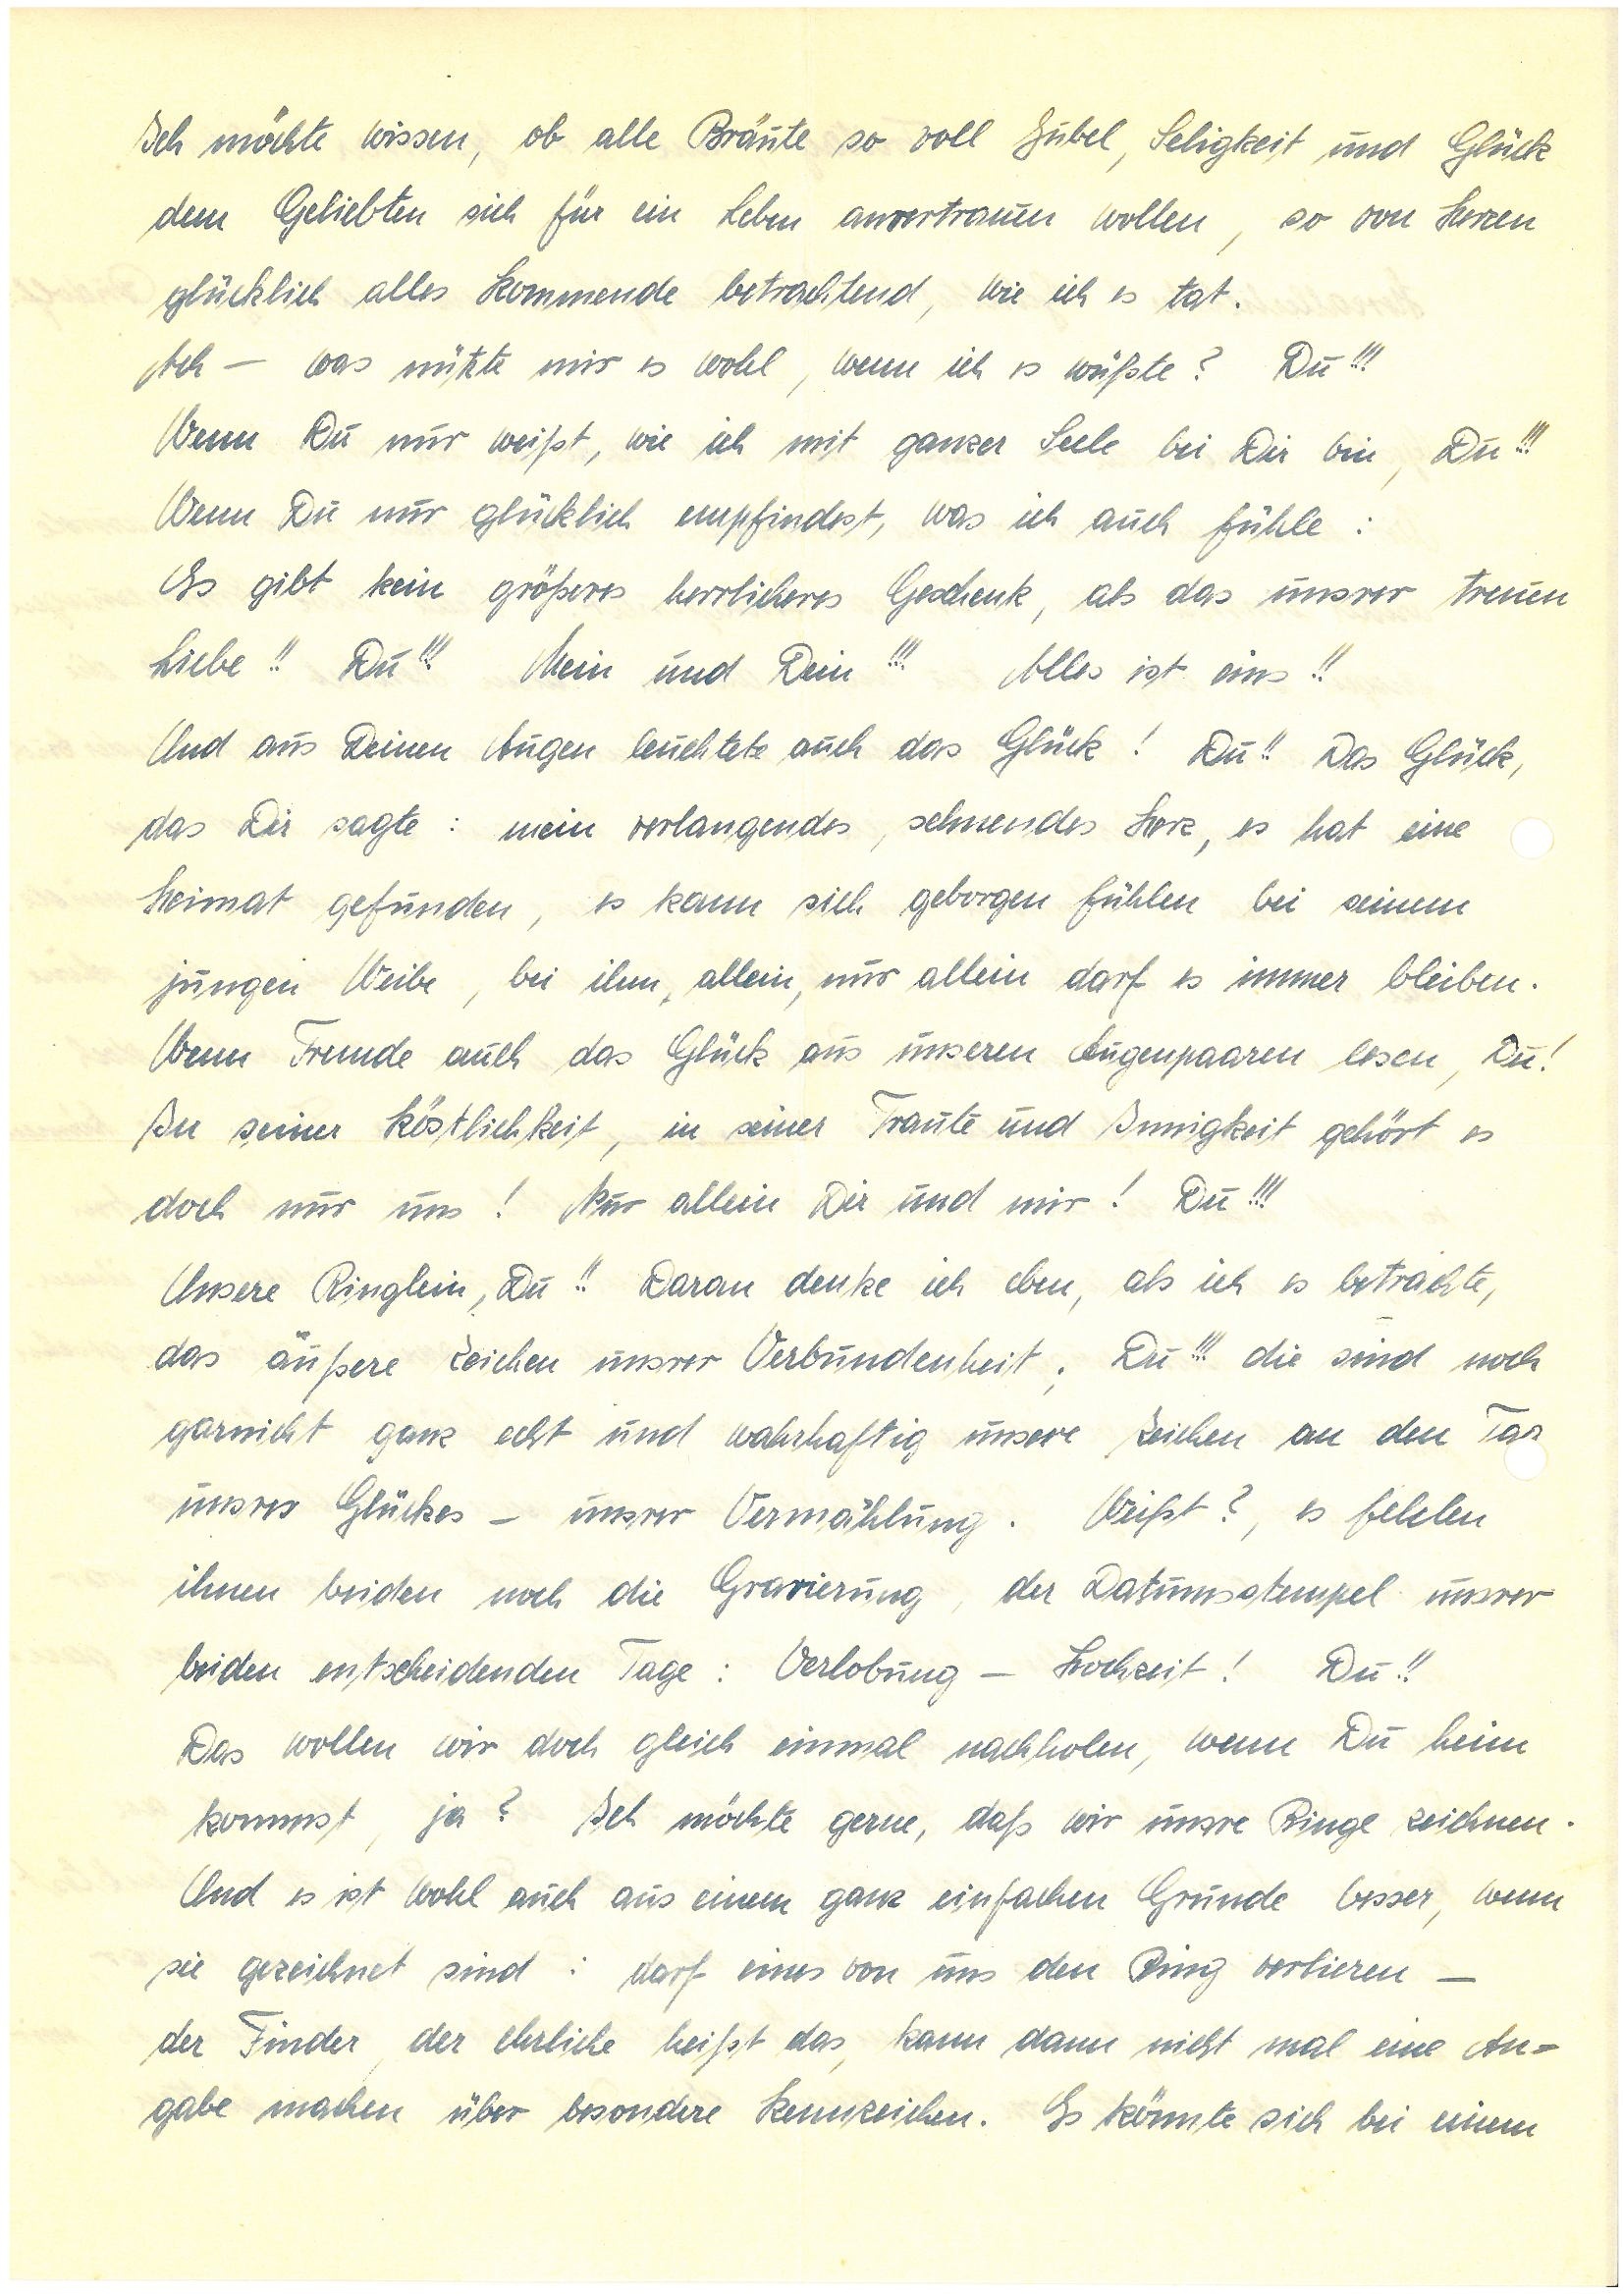
Ich möchte wissen, ob alle Bräute so voll Jubel, Seligkeit und Glück
dem Geliebten sich für ein Leben anvertrauen wollen, so von Herzen
glücklich alles Kommende betrachtend, wie ich es tat.
Ach – was nützte mir es wohl, wenn ich es wüßte? Du!!!
Wenn Du nur weißt, wie ich mit ganzer Seele bei Dir bin, Du!!!
Wenn Du nur glücklich empfindest, was ich auch fühle:
Es gibt kein größeres herrlicheres Geschenk, als das unsrer treuen
Liebe!! Du!!! Mein und Dein!!! Alles ist eins!!
Und aus Deinen Augen leuchtete auch das Glück! Du!! Das Glück,
das Dir sagte: mein verlangendes, sehnendes Herz, es hat eine
Heimat gefunden, es kann sich geborgen fühlen bei einem
jungen Weibe, bei ihm, allein, nur allein darf es immer bleiben.
Wenn Fremde auch das Glück aus unseren Augenpaaren lesen, Du!
In seiner Köstlichkeit, in seiner Traute und Innigkeit gehört es
doch nur uns! Nur allein Dir und mir! Du!!!
Unsere Ringlein, Du!! Daran denke ich eben, als ich es betrachte,
das äußere Zeichen unsrer Verbundenheit; Du!!! die sind noch
garnicht ganz echt und wahrhaftig unsere Zeichen an den Ta
unsres Glückes – unsrer Vermählung. Weißt?, es fehlen
ihnen beiden noch die Gravierung, der Datumsstempel unsrer
beiden entscheidenden Tage: Verlobung – Hochzeit! Du!!
Das wollen wir doch gleich einmal nachholen, wenn Du heim
kommst, ja? Ich möchte gerne, daß wir unsre Ringe zeichnen.
Und es ist wohl auch aus einem ganz einfachen Grunde besser, wenn
sie gezeichnet sind: darf eines von uns den Ring verlieren –
der Finder, der ehrliche heißt das, kann dann nicht mal eine An¬
gabe machen über besondere Kennzeichen. Es könnte sich bei einem